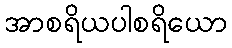
အာစရိယပါစရိယော